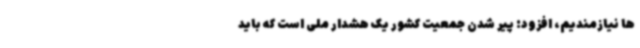
ها نیازمندیم، افزود: پیر شدن جمعیت کشور یک هشدار ملی است که باید